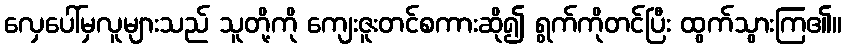
လှေပေါ်မှလူများသည် သူတို့ကို ကျေးဇူးတင်စကားဆို၍ ရွက်ကိုတင်ပြီး ထွက်သွားကြ၏။